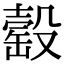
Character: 䍍